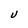
Character: U